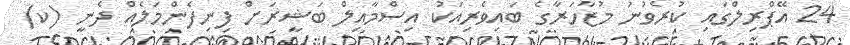
24 އޭޕްރިލްގައި ކުރެވުނު މުޒާހަރާގެ ބައިވެރިއަކު އިސްމާއިލް ބަޝީރަށް ފިނިފެންމަލެއް ދެނީ (ކ)